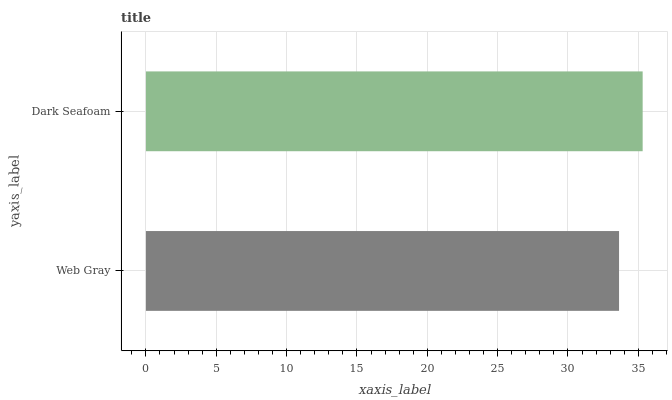
| yaxis_label | bars |
 | --- | --- |
 | Web Gray | 33.6 |
 | Dark Seafoam | 35.3 |